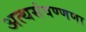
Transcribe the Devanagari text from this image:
अत्थसंवण्णणा